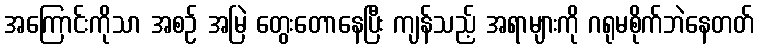
အကြောင်းကိုသာ အစဉ် အမြဲ တွေးတောနေပြီး ကျန်သည့် အရာများကို ဂရုမစိုက်ဘဲနေတတ်